Vaccine operations Central Provinces 1886-1899 - 1886-1899
Year: 1886
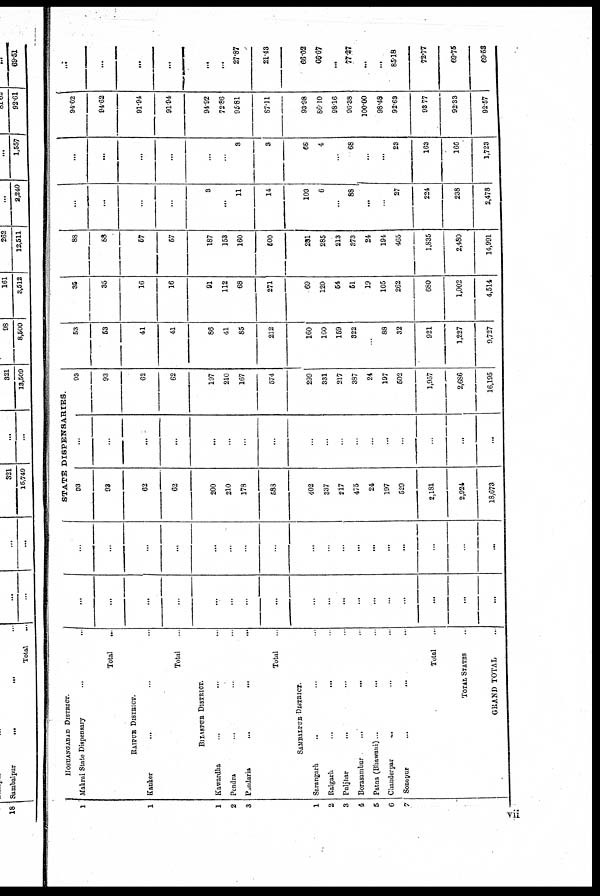
1
1
1
2
3
1
2
3
4
5
6
7
HOSHANGAHAD DISTRICT.
Makrai State Dispensary
...
...
Total
..
RAIPUR DISTRICT.
Kanker
... ... ...
Total
BILASPUR DISTRICT.
Kawardha ... ...
Pendra ... ...
Pandaria
...
...
...
Total
SAMBALPUR DISTRICT.
Sarangarh ... ...
Raigarh
...
...
Puljhar ... ...
Borasambur
...
...
Patna (Bhawani)...
...
Chanderpar
... ...
Sonepur
...
...
Total
TOTAL STATES
GRAND TOTAL
...
...
...
...
...
...
...
...
...
...
...
...
...
...
...
...
...
...
...
...
...
...
...
...
...
...
...
...
...
...
...
...
...
...
...
...
STATE DISPENSARIES.
93
93
62
62
200
210
178
683
402
337
217
475
24
197
529
2,181
2,924
18,673
...
...
...
...
...
...
...
...
...
...
...
...
...
...
...
...
...
...
93
93
62
62
197
210
167
574
299
331
217
387
24
197
602
1,957
2,686
16,195
53
63
41
41
86
41
85
212
160
160
159
322
...
88
32
921
1,227
9,727
36
35
16
16
91
112
68
271
69
120
54
51
19
105
262
680
1,002
4,514
88
88
57
57
187
153
160
500
281
285
213
373
24
194
465
1,835
2,480
14,991
...
...
...
...
3
. ..
11
14
103
6
...
88
...
...
27
224
238
2,478
...
...
...
...
3
3
66
4
...
68
...
. ..
23
163
166
1,723
94.62
94.62
91.94
91.94
94.92
72.86
95.81
87.11
93.98
86.10
98.16
96.38
100.00
98.48
92.69
98.77
92.33
92.57
...
...
...
...
...
27.87
21.48
66.02
66.67
...
77.27
...
...
85.18
72.77
69.75
69.53
vii